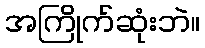
အကြိုက်ဆုံးဘဲ။